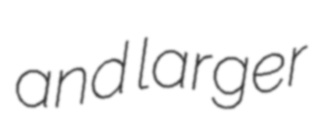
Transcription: and larger